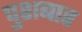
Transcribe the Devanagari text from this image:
पुशबार